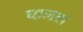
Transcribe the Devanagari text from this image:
घालतां